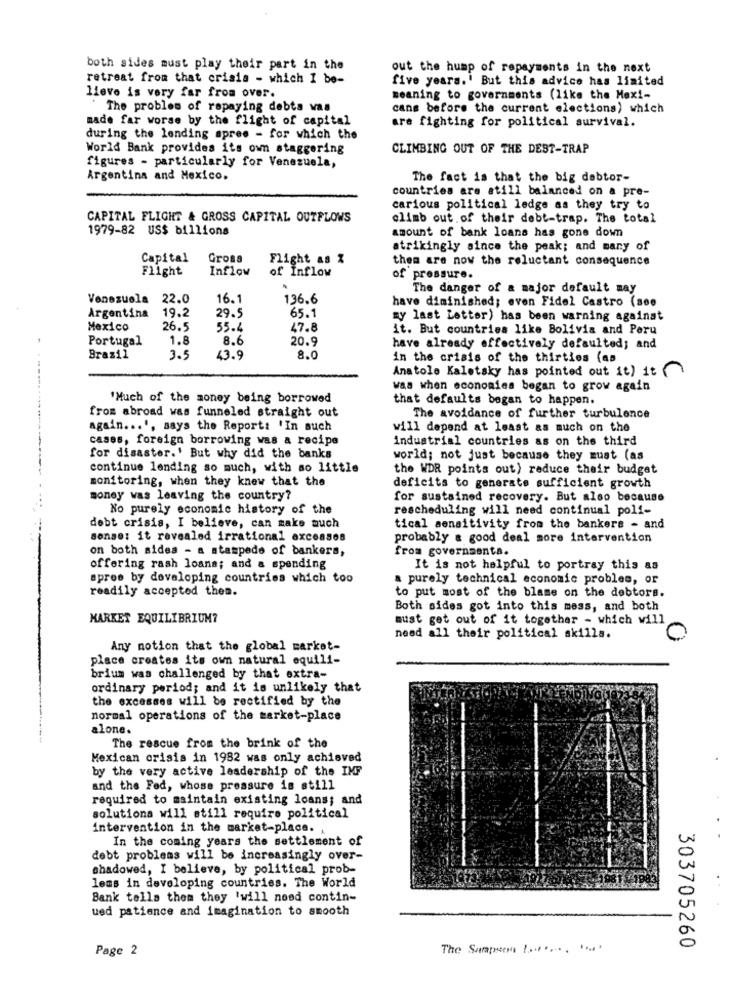
both sides must play their part in the
out the hump of repayments in the next
retreat from that crisis - which I be-
five years.' But this advice has limited
lieve is very far from over.
meaning to governments (like the Mexi-
The problem of repaying debts was
cans before the current elections) which
made far worse by the flight of capital
are fighting for political survival.
during the lending spree - for which the
World Bank provides its own staggering
CLIMBING OUT OF THE DEST-TRAP
figures - particularly for Venezuela,
Argentina and Mexico.
The fact is that the big debtor-
countries are atill balanced on a pre-
carious political ledge as they try to
CAPITAL FLIGHT & GROSS CAPITAL OUTFLOWS
climb out of their debt-trap. The total
1979-82 US$ billions
amount of bank loans has gone down
atrikingly since the peak; and many of
Capital
Gross
Flight as %
them are now the reluctant consequence
Flight
Inflow
of Inflow
of pressure.
The danger of a major default may
Venezuela 22.0
16.1
136.6
have diminished; even Fidel Castro (see
29.5
65.1
Argentina
19.2
my last Letter) has been warning against
Mexico
26.5
55.4
47.8
it. But countries like Bolivia and Peru
Portugal
1.8
8.6
20.9
have already effectively defaulted; and
Brazil
3.5
43.9
8.0
in the crisis of the thirties (as
Anatole Kaletsky has pointed out it) it
was when economies began to grow again
'Much of the money being borrowed
that defaults began to happen.
from abroad was funneled straight out
The avoidance of further turbulence
again ... ', says the Report: 'In such
will depend at least as much on the
cases, foreign borrowing was a recipe
industrial countries as on the third
for disaster.' But why did the banks
world; not just because they must (as
continue lending so much, with so little
the WDR points out) reduce their budget
monitoring, when they knew that the
deficits to generate sufficient growth
money was leaving the country?
for sustained recovery. But also because
No purely economic history of the
rescheduling will need continual poli-
debt crisis, I believe, can make much
tical aensitivity from the bankers - and
sonse: it revealed irrational excessos
probably a good deal more intervention
on both sides - a stampede of bankers,
from governmenta.
offering rash loans; and a spending
It is not helpful to portray this as
apres by developing countries which too
a purely technical economic problem, or
readily accepted thes.
to put most of the blame on the debtors.
Both sides got into this mess, and both
MARKET EQUILIBRIUM?
must get out of it together - which will
need all their political skills.
Any notion that the global market-
place creates its own natural equili-
brium was challenged by that extra-
ordinary period; and it is unlikely that
the excesses will be rectified by the
normal operations of the market-place
alone.
The rescue from the brink of the
Mexican crisis in 1982 was only achieved
by the very active leadership of the IMF
and the Fed, whose pressure is still
required to maintain existing loans; and
solutiona will still require political
intervention in the market-place.
In the coming years the settlement of
debt problems will be increasingly over-
shadowed, I believe, by political prob-
leas in developing countries. The World
Bank tells them they 'will need contin-
ued patience and imagination to smooth
Page 2
The Sampson !... .... . .... .
303705260